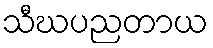
သီဃပညတာယ